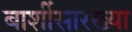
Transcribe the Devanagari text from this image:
बार्शीसारख्या